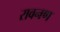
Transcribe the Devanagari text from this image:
रावनण